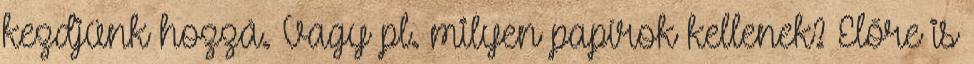
kezdjünk hozzá. Vagy pl. milyen papírok kellenek? Előre is